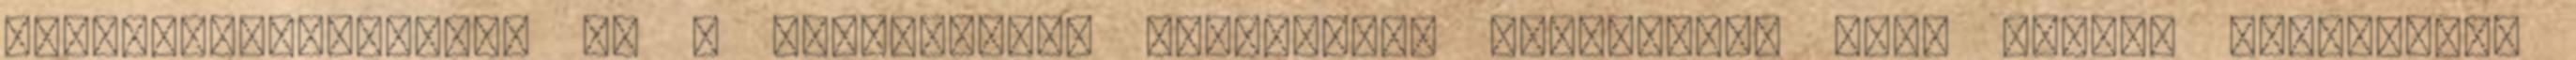
szolgáltatóiparral és a turizmussal igyekeznek támogatni, mely utóbbi prioritást